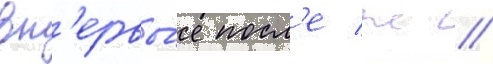
вп'ервы́е посл'е ж //